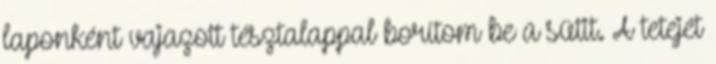
laponként vajazott tésztalappal borítom be a sütit. A tetejét